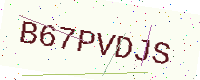
Text: B67PVDJS